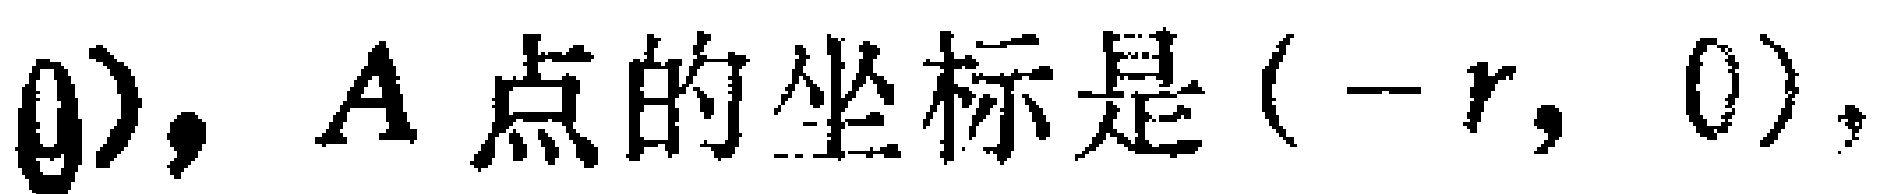
$\theta),A点的坐标是(-r,0),$